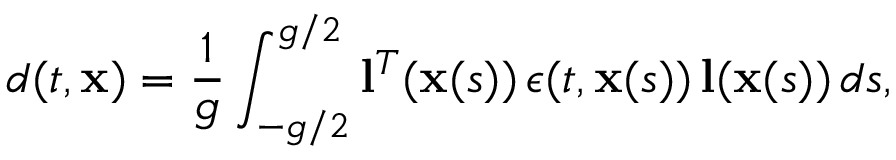
d ( t , \mathbf { x } ) = \frac { 1 } { g } \int _ { - g / 2 } ^ { g / 2 } \mathbf { l } ^ { T } ( \mathbf { x } ( s ) ) \, \boldsymbol { \epsilon } ( t , \mathbf { x } ( s ) ) \, \mathbf { l } ( \mathbf { x } ( s ) ) \, d s ,